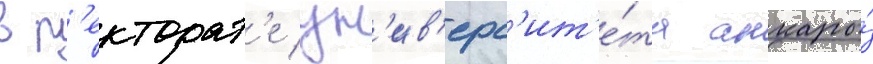
в р'екторат'е ун'ив'ерс'ит'е́та анкары́